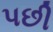
પછી